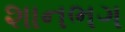
શાનભગ